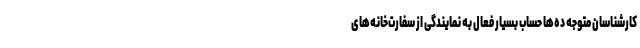
کارشناسان متوجه ده‌ها حساب بسیار فعال به نمایندگی از سفارت‌خانه‌های